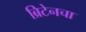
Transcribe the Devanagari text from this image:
ब्रिटेनचा